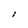
Character: I